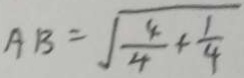
A B = \sqrt { \frac { 4 } { 4 } + \frac { 1 } { 4 } }